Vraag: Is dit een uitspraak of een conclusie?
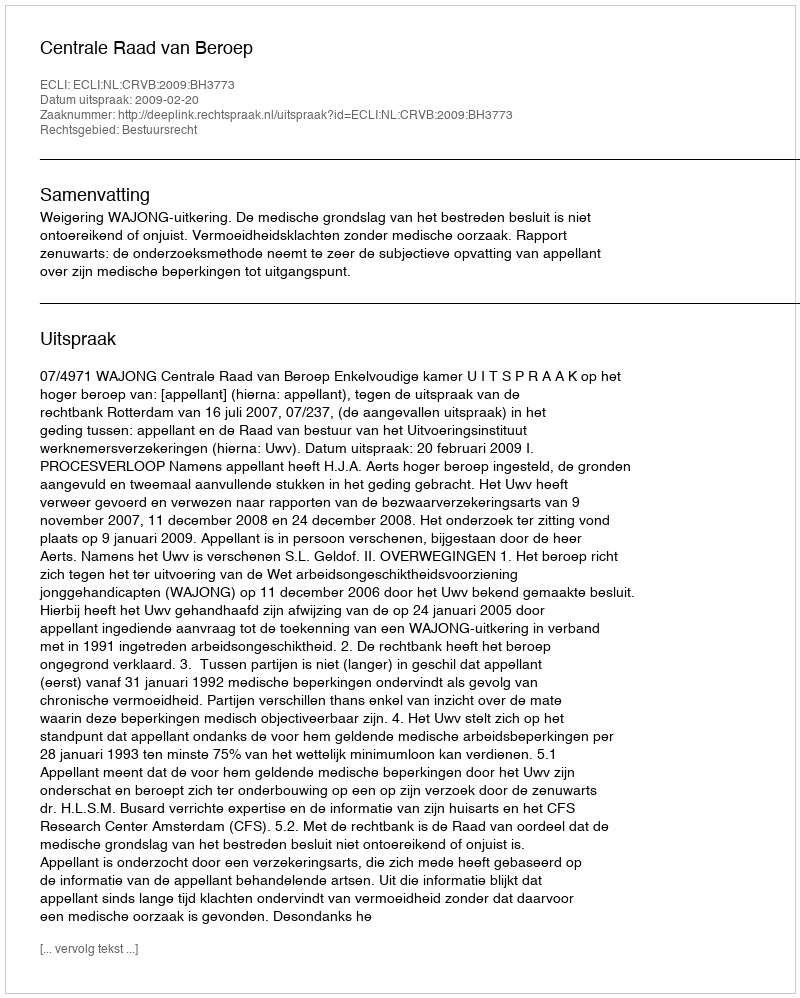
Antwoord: Uitspraak